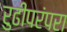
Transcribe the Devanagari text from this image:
रुढीपरंपरा